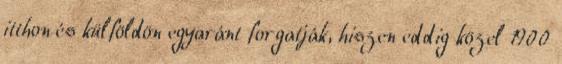
itthon és külföldön egyaránt forgatják, hiszen eddig közel 1900